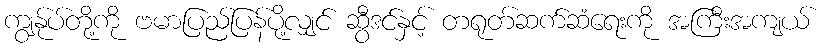
ကျွန်ုပ်တို့ကို ဗမာပြည်ပြန်ပို့လျှင် ဆွီဒင်နှင့် တရုတ်ဆက်ဆံရေးကို အကြီးအကျယ်